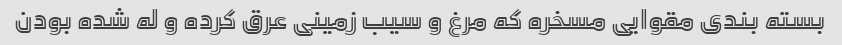
بسته بندی مقوایی مسخره که مرغ و سیب زمینی عرق کرده و له شده بودن